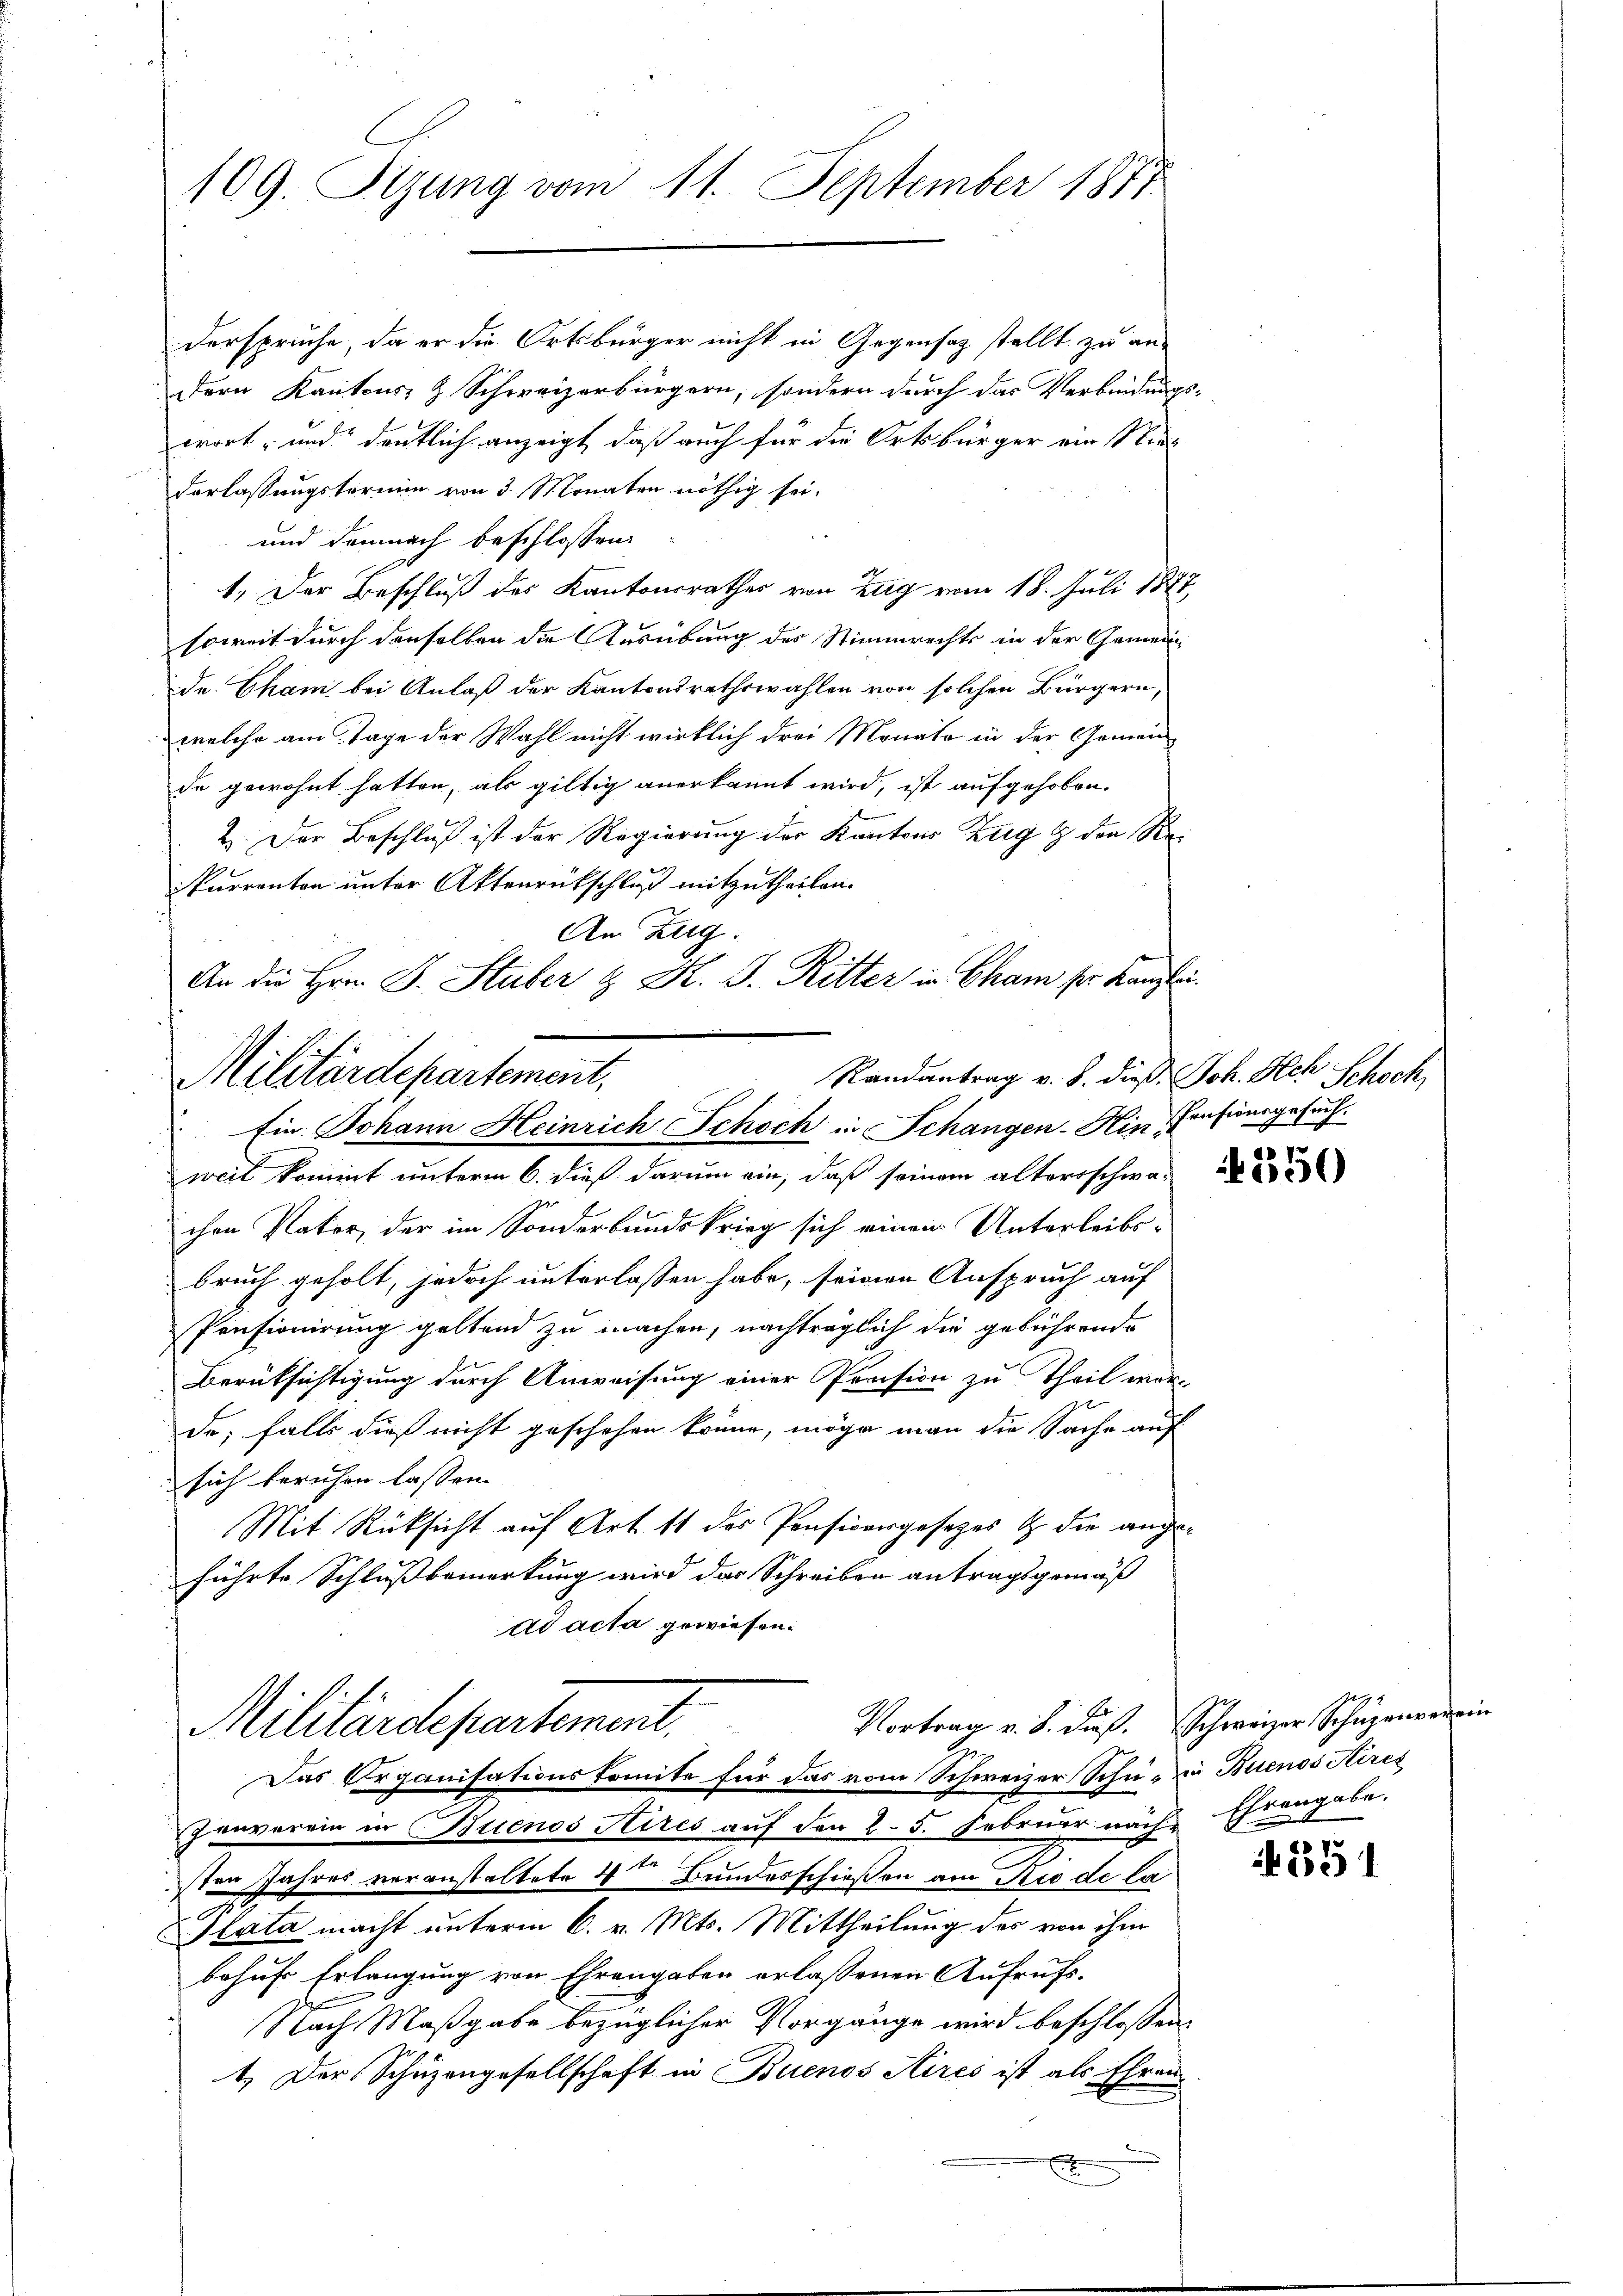
derspruche, da er die Ortsbürger nicht in Gegensatz stellt zu an-
dern Kantons- & Schweizerbürgern, sondern durch das Verbindungs-
wort, und deutlich anzeigt, daß auch für die Ortsbürger ein Niederlassungstermin von 3 Monaten nöthig sei.
und demnach beschlossen:
1. Der Beschluß des Kantonsrathes von Zug vom 18. Juli 1877
soweit durch denselben die Ausübung des Stimmrechts in der Gemeinde Cham bei Anlaß der Kantonsrathswahlen von solchen Bürgern,
welche am Tage der Wahl nicht wirklich drei Monate in der Gemein-
de gewohnt hatten, als giltig anerkannt wird, ist aufgehoben.
2. Der Beschluß ist der Regierung der Kantons Zug & den Re¬
Purranton unter Aktenrückschluß mitzutheilen.
An Zug.
An die Hrn. J. Stuber & K. J. Ritter in Cham ser Kanzlei¬

109. Sizung vom 11. September 1871

Randantrag v. J. dieß Joh. Hch. Schoch
Militärdepartement,
Ein Johann Heinrich Schoch in Schangen-Hin, Pensionsgesuch.

E
Militärdepartement,
Das Organisationskomite für das vom Schweizer Schu- in Buenos Aires

weit kommt unterm 6. dieß darum ein, daß seinem alterschwachen Vater, der im Sonderbundskrieg sich einen Unterleibsbruch geholt, jedoch unterlassen habe, seinen Anspruch auf
Pensionirung geltend zu machen, nachträglich die gebührende
Berüksichtigung durch Anweisung einer Pension zu Theil wer-
de; falls dieß nicht geschehen könne, möge man die Sache auf
sich beruhen lassen. |
Mit Rücksicht auf Art. 11 des Pensivergesetzes & die angeführte Schlußbemerkung wird das Schreiben antragsgemäß
ad acta gewiesen.

1

anverein in Buenos Aires auf den 25. Februar nach Ehrengabe.
sten Jahres voranstaltete 4ten Bunderschießen am Nie de la
Plata macht unterm 6. v. Mts. Mittheilung des von ihm
behuf Erlangung von Ehrengaben erlassenen Aufrufs-
Nach Maßgabe bezüglicher Vorgänge wird beschlossen:
1.) Der Schüzengesellschaft in Buenos Aires ist als Ehren
x

Vortrag v. 8. dieß. Schweizer Schäzenverein

551